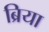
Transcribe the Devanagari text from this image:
ब्रिया